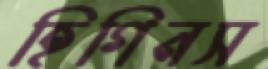
হিগিনস